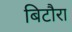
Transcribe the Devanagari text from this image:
बिटौरा